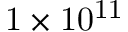
\mathrm { 1 \times 1 0 ^ { 1 1 } }